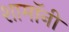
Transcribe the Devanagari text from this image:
शामॉनी